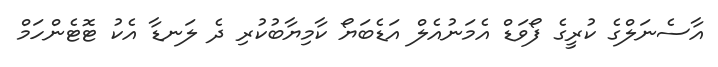
އާސެނަލްގެ ކުރީގެ ފޯވަޑް އެމަނުއެލް އަޑެބަޔޯ ކާމިޔާބުކުރި ދެ ލަނޑާ އެކު ޓޮޓެންހަމް